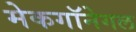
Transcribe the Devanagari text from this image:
मेकगॉनेगल